Report of the Municipal Commissioner on the plague in Bombay for the year ending 31st May... - Volume 2
Disease focus: Plague
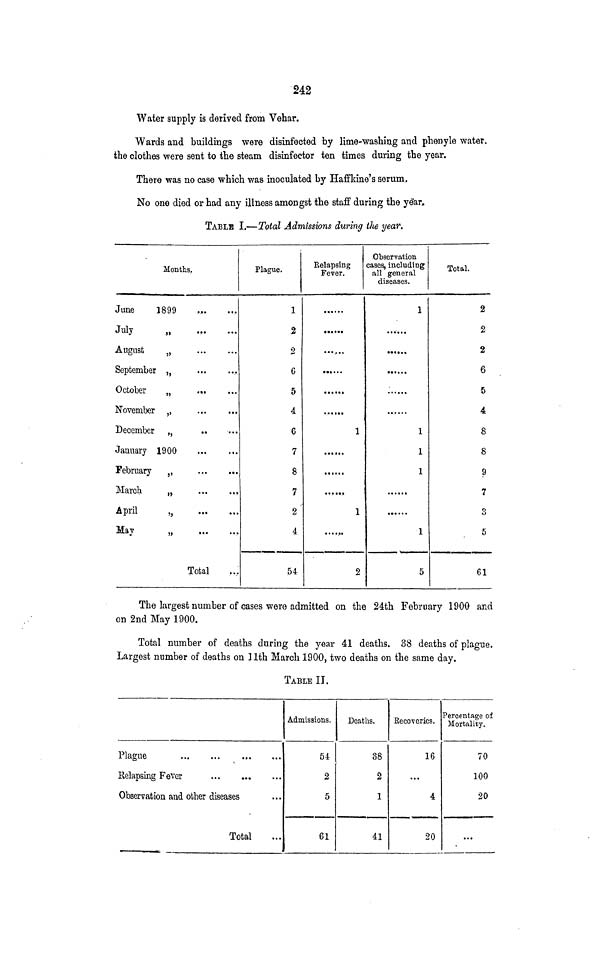
242
Water supply is derived from Vehar.
Wards and buildings were disinfected by lime-washing and phenyle water,
the clothes were sent to the steam disinfector ten times during the year.
There was no case which was inoculated by Haffkine's serum.
No one died or had any illness amongst the staff during the ye'ar,
TABLE I.—Total Admissions during ilie year.
Months.
June
1899
J^y
August
„
September „
October
„
November 5 ,
December ,,
January 1900
February 5 ,
March
„
April
„
May
„
Total
Plague.
1
2
2
6
5
4
6
7
8
7
2
4
54
Relapsing
Fever.
••• ••*
••• ...
1
......
1
2
Observation
cases, including
all general
diseases.
1
••«•«.
1
1
1
1
5
Total.
2
2
2
6
5
4
8
8
9
7
3
5
61
The largest number of cases were admitted on the 24th February 1900 and
on 2nd May 1900.
Total number of deaths during the year 41 deaths. 38 deaths of plague.
Largest number of deaths on llth March 1900, two deaths on the same day.
TABLE IT.
Plague
.,,
Relapsing Fever
Observation and other diseases
Total
Admissions.
54
2
5
61
Deaths.
38
o
ti
1
41
Recoveries.
16
...
4
20
Percentage of
Mortality.
70
100
20
...